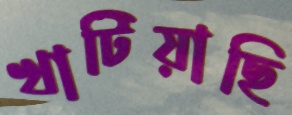
খাটিয়াছি